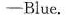
—— Blue.